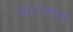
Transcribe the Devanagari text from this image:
चंद्रासाठी